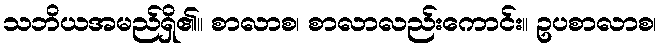
သဘိယအမည်ရှိ၏။ စာလာစ၊ စာလာလည်းကောင်း။ ဥပစာလာစ၊